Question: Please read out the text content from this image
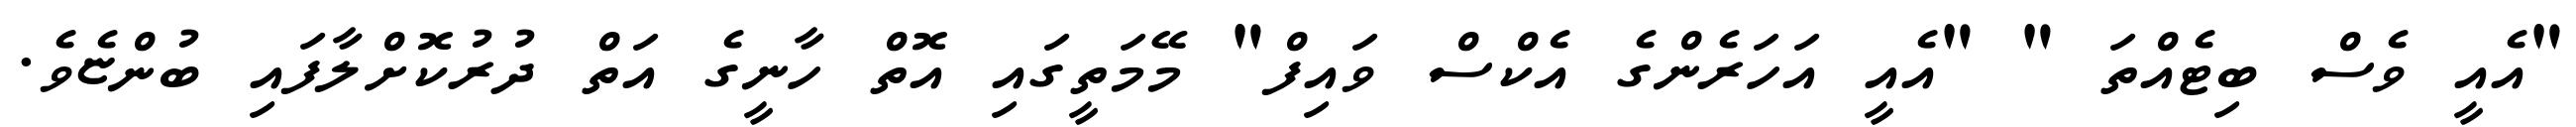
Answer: "އެއީ ވެސް ބިޓެއްތަ " "އެއީ އަހަރެންގެ އެކްސް ވައިފް" މޭމަތީގައި އޮތް ހާނީގެ އަތް ދުރުކޮށްލާފައި ބުންޏެވެ.